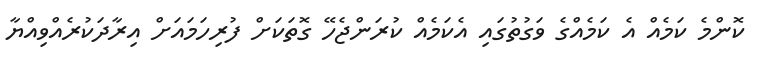
ކޮންމެ ކަމެއް އެ ކަމެއްގެ ވަގުތުގައި އެކަމެއް ކުރަންޖެހޭ ގޮތަކަށް ފުރިހަމައަށް އިރާދަކުރެއްވިއްޔާ